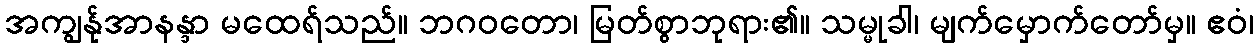
အကျွန်ုအာနန္ဒာ မထေရ်သည်။ ဘဂဝတော၊ မြတ်စွာဘုရား၏။ သမ္မုခါ၊ မျက်မှောက်တော်မှ။ ဧဝံ၊